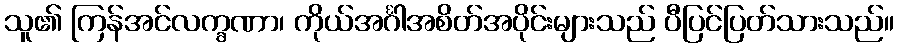
သူ၏ ကြန်အင်လက္ခဏာ၊ ကိုယ်အင်္ဂါအစိတ်အပိုင်းများသည် ပီပြင်ပြတ်သားသည်။